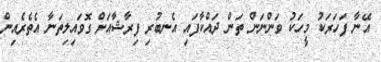
އޭނާ ފަހަރަކު މީހަކު ވަންނަން ތަން ދައްކާފައި އެނބުރި ފިރާޝާއަށް ގޮވައިލިތަނާ އެތެރެއިން